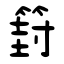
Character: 篈